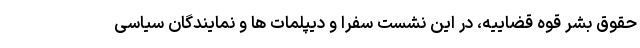
حقوق بشر قوه قضاییه، در این نشست سفرا و دیپلمات ها و نمایندگان سیاسی